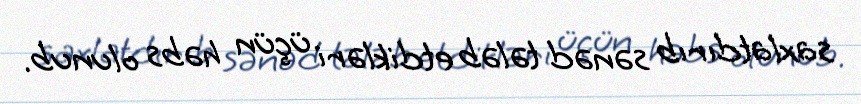
saxlatdırıb sənəd tələb etdikləri üçün həbs olunub.